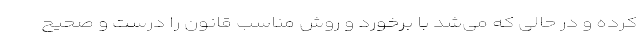
کرده و در حالی که می‌شد با برخورد و روش مناسب قانون را درست و صحیح